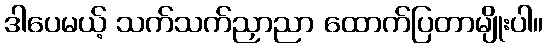
ဒါပေမယ့် သက်သက်ညှာညာ ထောက်ပြတာမျိုးပါ။